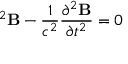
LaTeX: { \bf \nabla } ^ { 2 } { \bf B } - { \frac { 1 } { c ^ { 2 } } } { \frac { \partial ^ { 2 } { \bf B } } { \partial t ^ { 2 } } } = 0